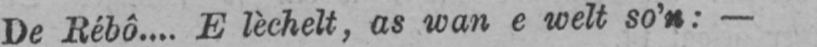
De Rébô.... E lèchelt, as wan e welt so’n:-